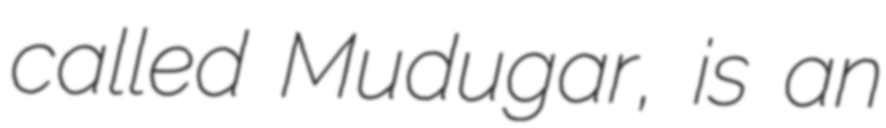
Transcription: called Mudugar, is an